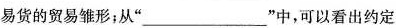
易货的贸易雏形；从”___”中，可以看出约定